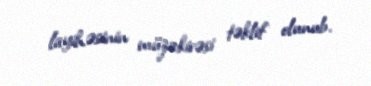
layihəsinin müzakirəsi təklif olunub.